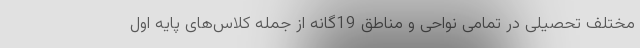
مختلف تحصیلی در تمامی نواحی و مناطق 19گانه از جمله کلاس‌های پایه اول